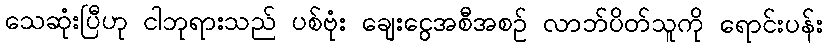
သေဆုံးပြီဟု ငါဘုရားသည် ပစ်ဗုံး ချေးငွေအစီအစဉ် လာဘ်ပိတ်သူကို ရောင်းပန်း